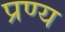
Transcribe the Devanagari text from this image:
प्रण्य